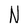
Character: N